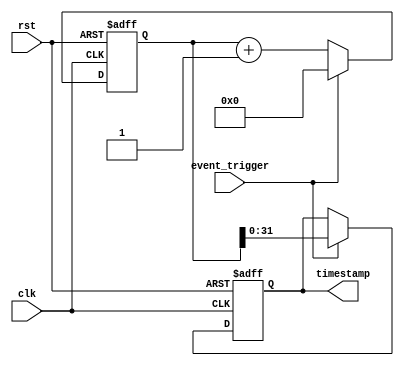
module time_stamp_timer (
    input              clk,             // clock input
    input              rst,             // reset input
    input              event_trigger,   // external event trigger
    output reg [31:0]  timestamp        // timestamp output register
);

reg [63:0] count;  

always @(posedge clk or posedge rst) begin
    if (rst)
        count <= 64'b0;
    else if (event_trigger)
        count <= 64'b0;
    else
        count <= count + 64'b1;
end

always @(posedge clk or posedge rst) begin
    if (rst)
        timestamp <= 32'b0;
    else if (event_trigger)
        timestamp <= count[31:0];
end

endmodule